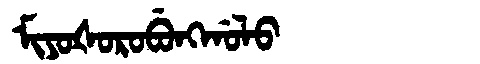
Manchu: ᠮᡳᠶᠣᡧᠣᡵᠣᠪᡠᠩᡤᠣᠯᠣ
Romanization: MIYOŠOROBUNGGOLO